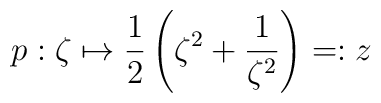
p: \zeta \mapsto \frac{1}{2} \left( \zeta^{2} + \frac{1}{\zeta^{2}}\right) =:z